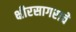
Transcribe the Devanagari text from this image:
क्षीरसागराचे